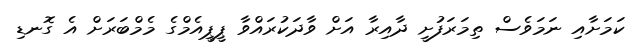
ކަމަށާއި ނަމަވެސް ތިމަރަފުށީ ދާއިރާ އަށް ވާދަކުރައްވާ ޕީޕީއެމްގެ މެމްބަރަށް އެ ގޮނޑި